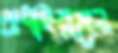
শুধাইয়াছেন